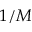
1 / M